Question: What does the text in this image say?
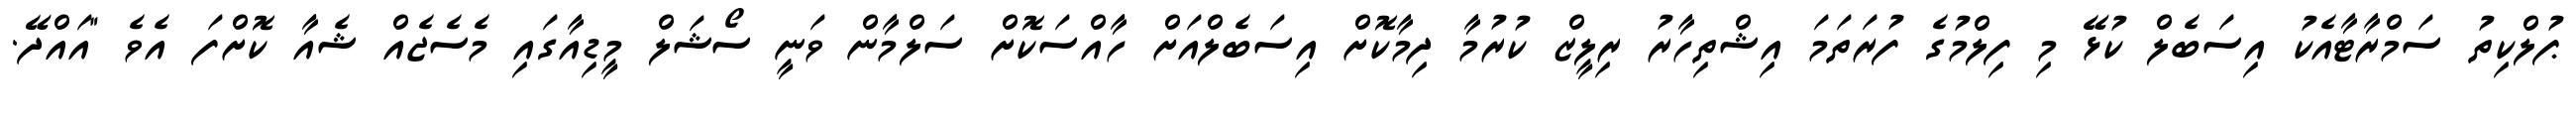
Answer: ޕުލްކިތު ސަމްރާޓާއެކު އިސަބެލް ކުޅޭ މި ފިލްމުގެ ފުރަތަމަ އިޝްތިހާރު ރިލީޒް ކުރުމާ ދިމާކޮށް އިސަބެލްއަށް ހާއްސަކޮށް ސަލްމާން ވަނީ ސޯޝަލް މީޑިއާގައި މެސެޖެއް ޝެއާ ކޮށްފަ އެވެ "އައްދޭ.